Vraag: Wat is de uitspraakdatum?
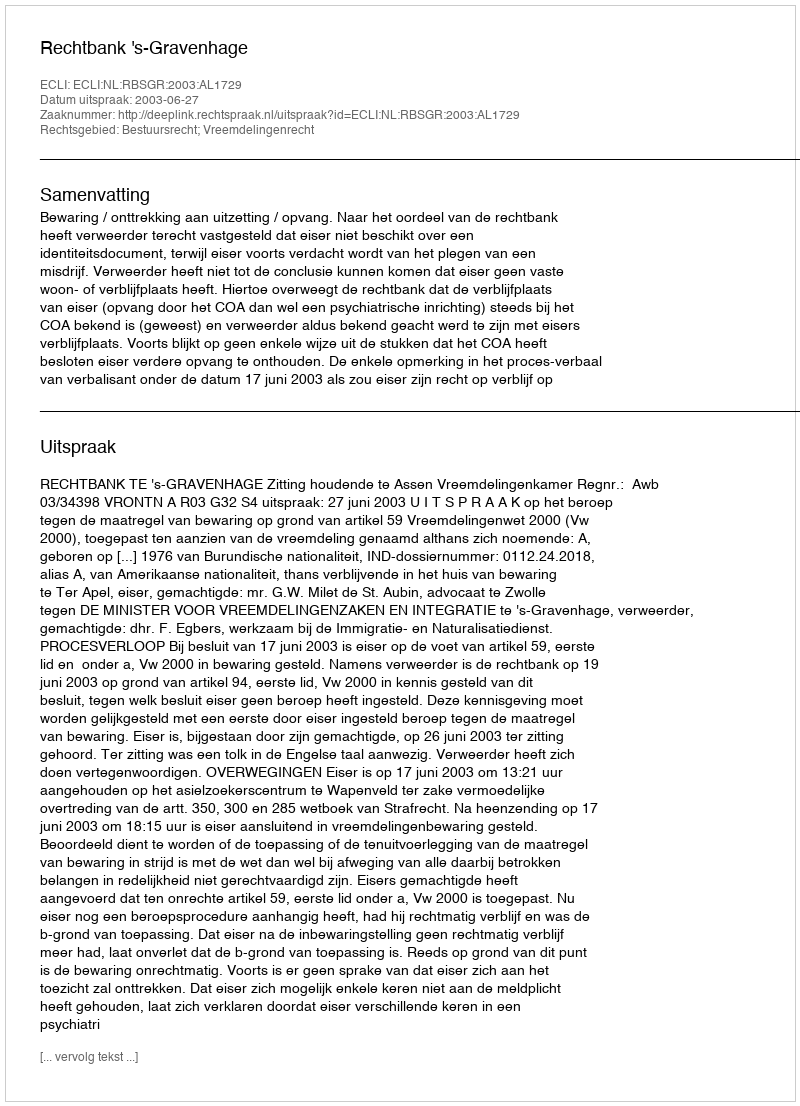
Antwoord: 2003-06-27